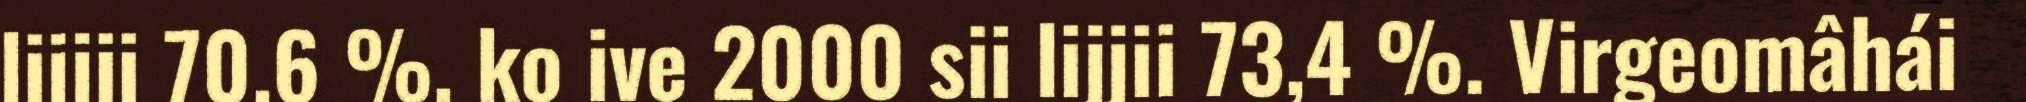
lijjii 70,6 %, ko ive 2000 sii lijjii 73,4 %. Virgeomâhái